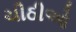
ચીઠીઓ